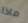
ماذا